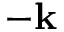
- { \bf k }